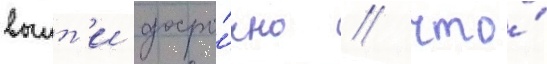
выит'и досро́чно / что́